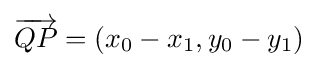
{\overrightarrow {QP}}=(x_{0}-x_{1},y_{0}-y_{1})